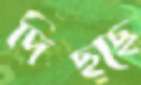
দিছ্ছে